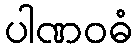
ပါဏဝဓံ